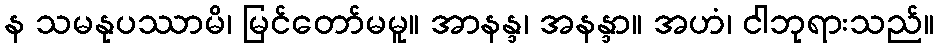
န သမနုပဿာမိ၊ မြင်တော်မမူ။ အာနန္ဒ၊ အနန္ဒာ။ အဟံ၊ ငါဘုရားသည်။